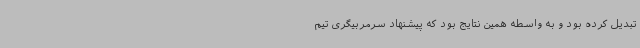
تبدیل کرده بود و به واسطه همین نتایج بود که پیشنهاد سرمربیگری تیم